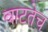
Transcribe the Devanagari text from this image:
वाटतेच